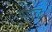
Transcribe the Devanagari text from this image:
नमरुद